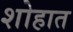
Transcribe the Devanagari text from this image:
शोहात